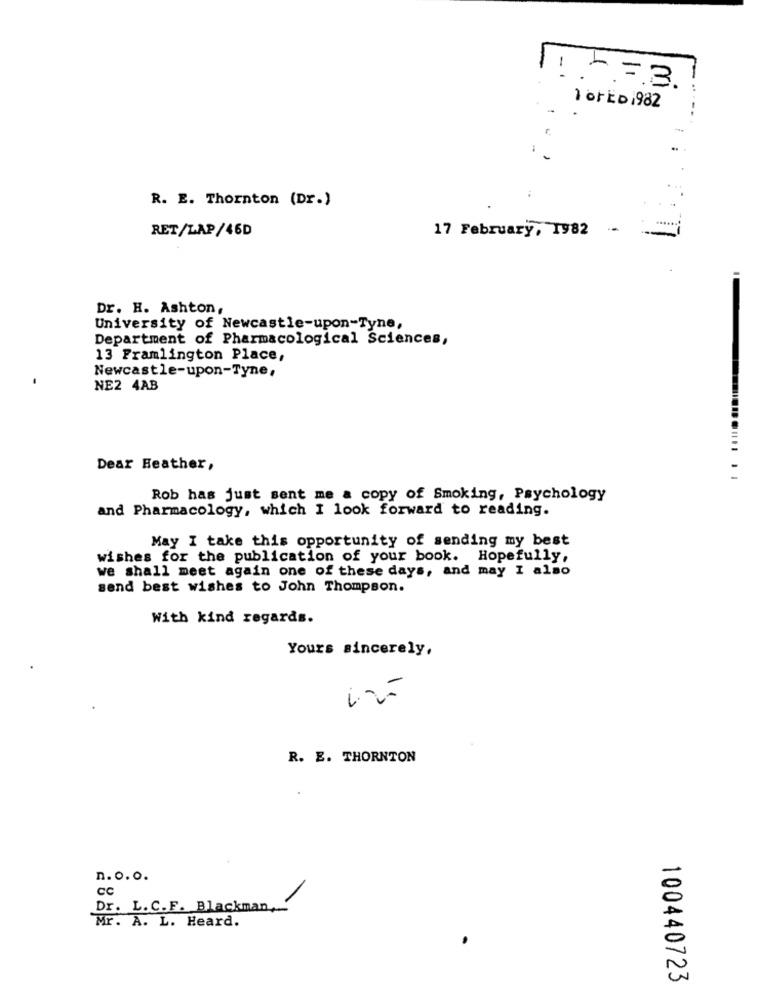
- 1
73.
1 or EDi982
R. E. Thornton (Dr.)
RET/LAP/46D
17 February, 1982 -
Dr. H. Ashton,
University of Newcastle-upon-Tyne,
Department of Pharmacological Sciences,
13 Framlington Place,
Newcastle-upon-Tyne,
NE2 4AB
Dear Heather,
Rob has just sent me a copy of Smoking, Psychology
and Pharmacology, which I look forward to reading.
May I take this opportunity of sending my best
wishes for the publication of your book. Hopefully,
we shall meet again one of these days, and may I also
send best wishes to John Thompson.
With kind regards.
Yours sincerely,
R. E. THORNTON
n. o.o.
CC
Dr. L.C.F. Blackman,
Mr. A. L. Heard.
100440723